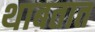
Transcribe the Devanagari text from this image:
थाबतात